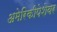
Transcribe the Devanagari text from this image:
अमेरिकीपेशेवर